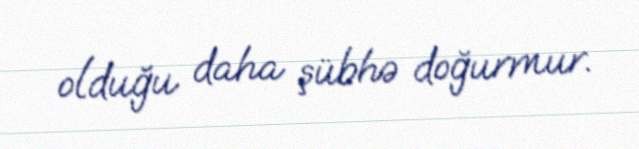
olduğu daha şübhə doğurmur.